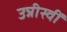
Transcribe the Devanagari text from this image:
उन्नीस्वीं